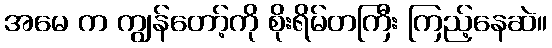
အမေ က ကျွန်တော့်ကို စိုးရိမ်တကြီး ကြည့်နေဆဲ။